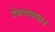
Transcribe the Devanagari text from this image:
देवतासमान